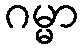
ဂမ္မာ